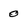
Character: 0